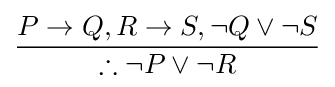
{\frac {P\to Q,R\to S,\neg Q\lor \neg S}{\therefore \neg P\lor \neg R}}